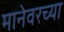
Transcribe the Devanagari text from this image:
मानेवरच्या